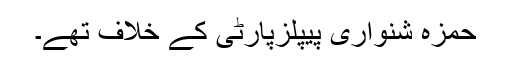
حمزہ شنواری پیپلزپارٹی کے خلاف تھے۔